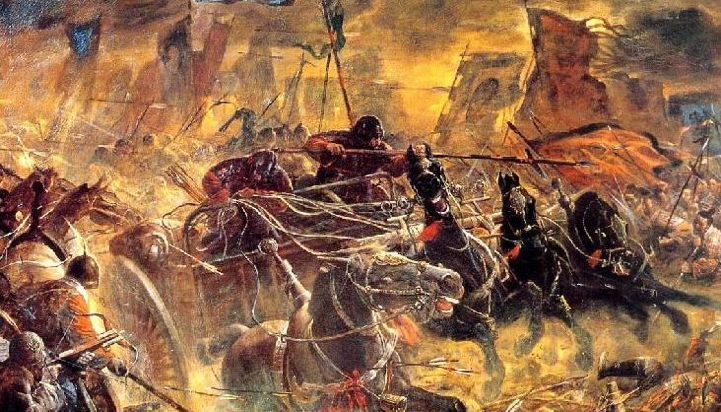
八百里分麾下炙，五十弦翻塞外声。